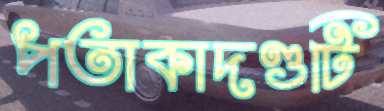
পতাকাদণ্ডটি